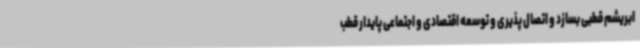
ابریشم قطبی بسازد و اتصال پذیری و توسعه اقتصادی و اجتماعی پایدار قطب